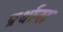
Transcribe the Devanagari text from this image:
प्रर्थाना